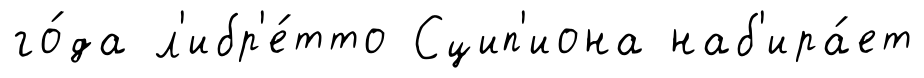
го́да л'ибр'е́тто Сцип'иона наб'ира́ет